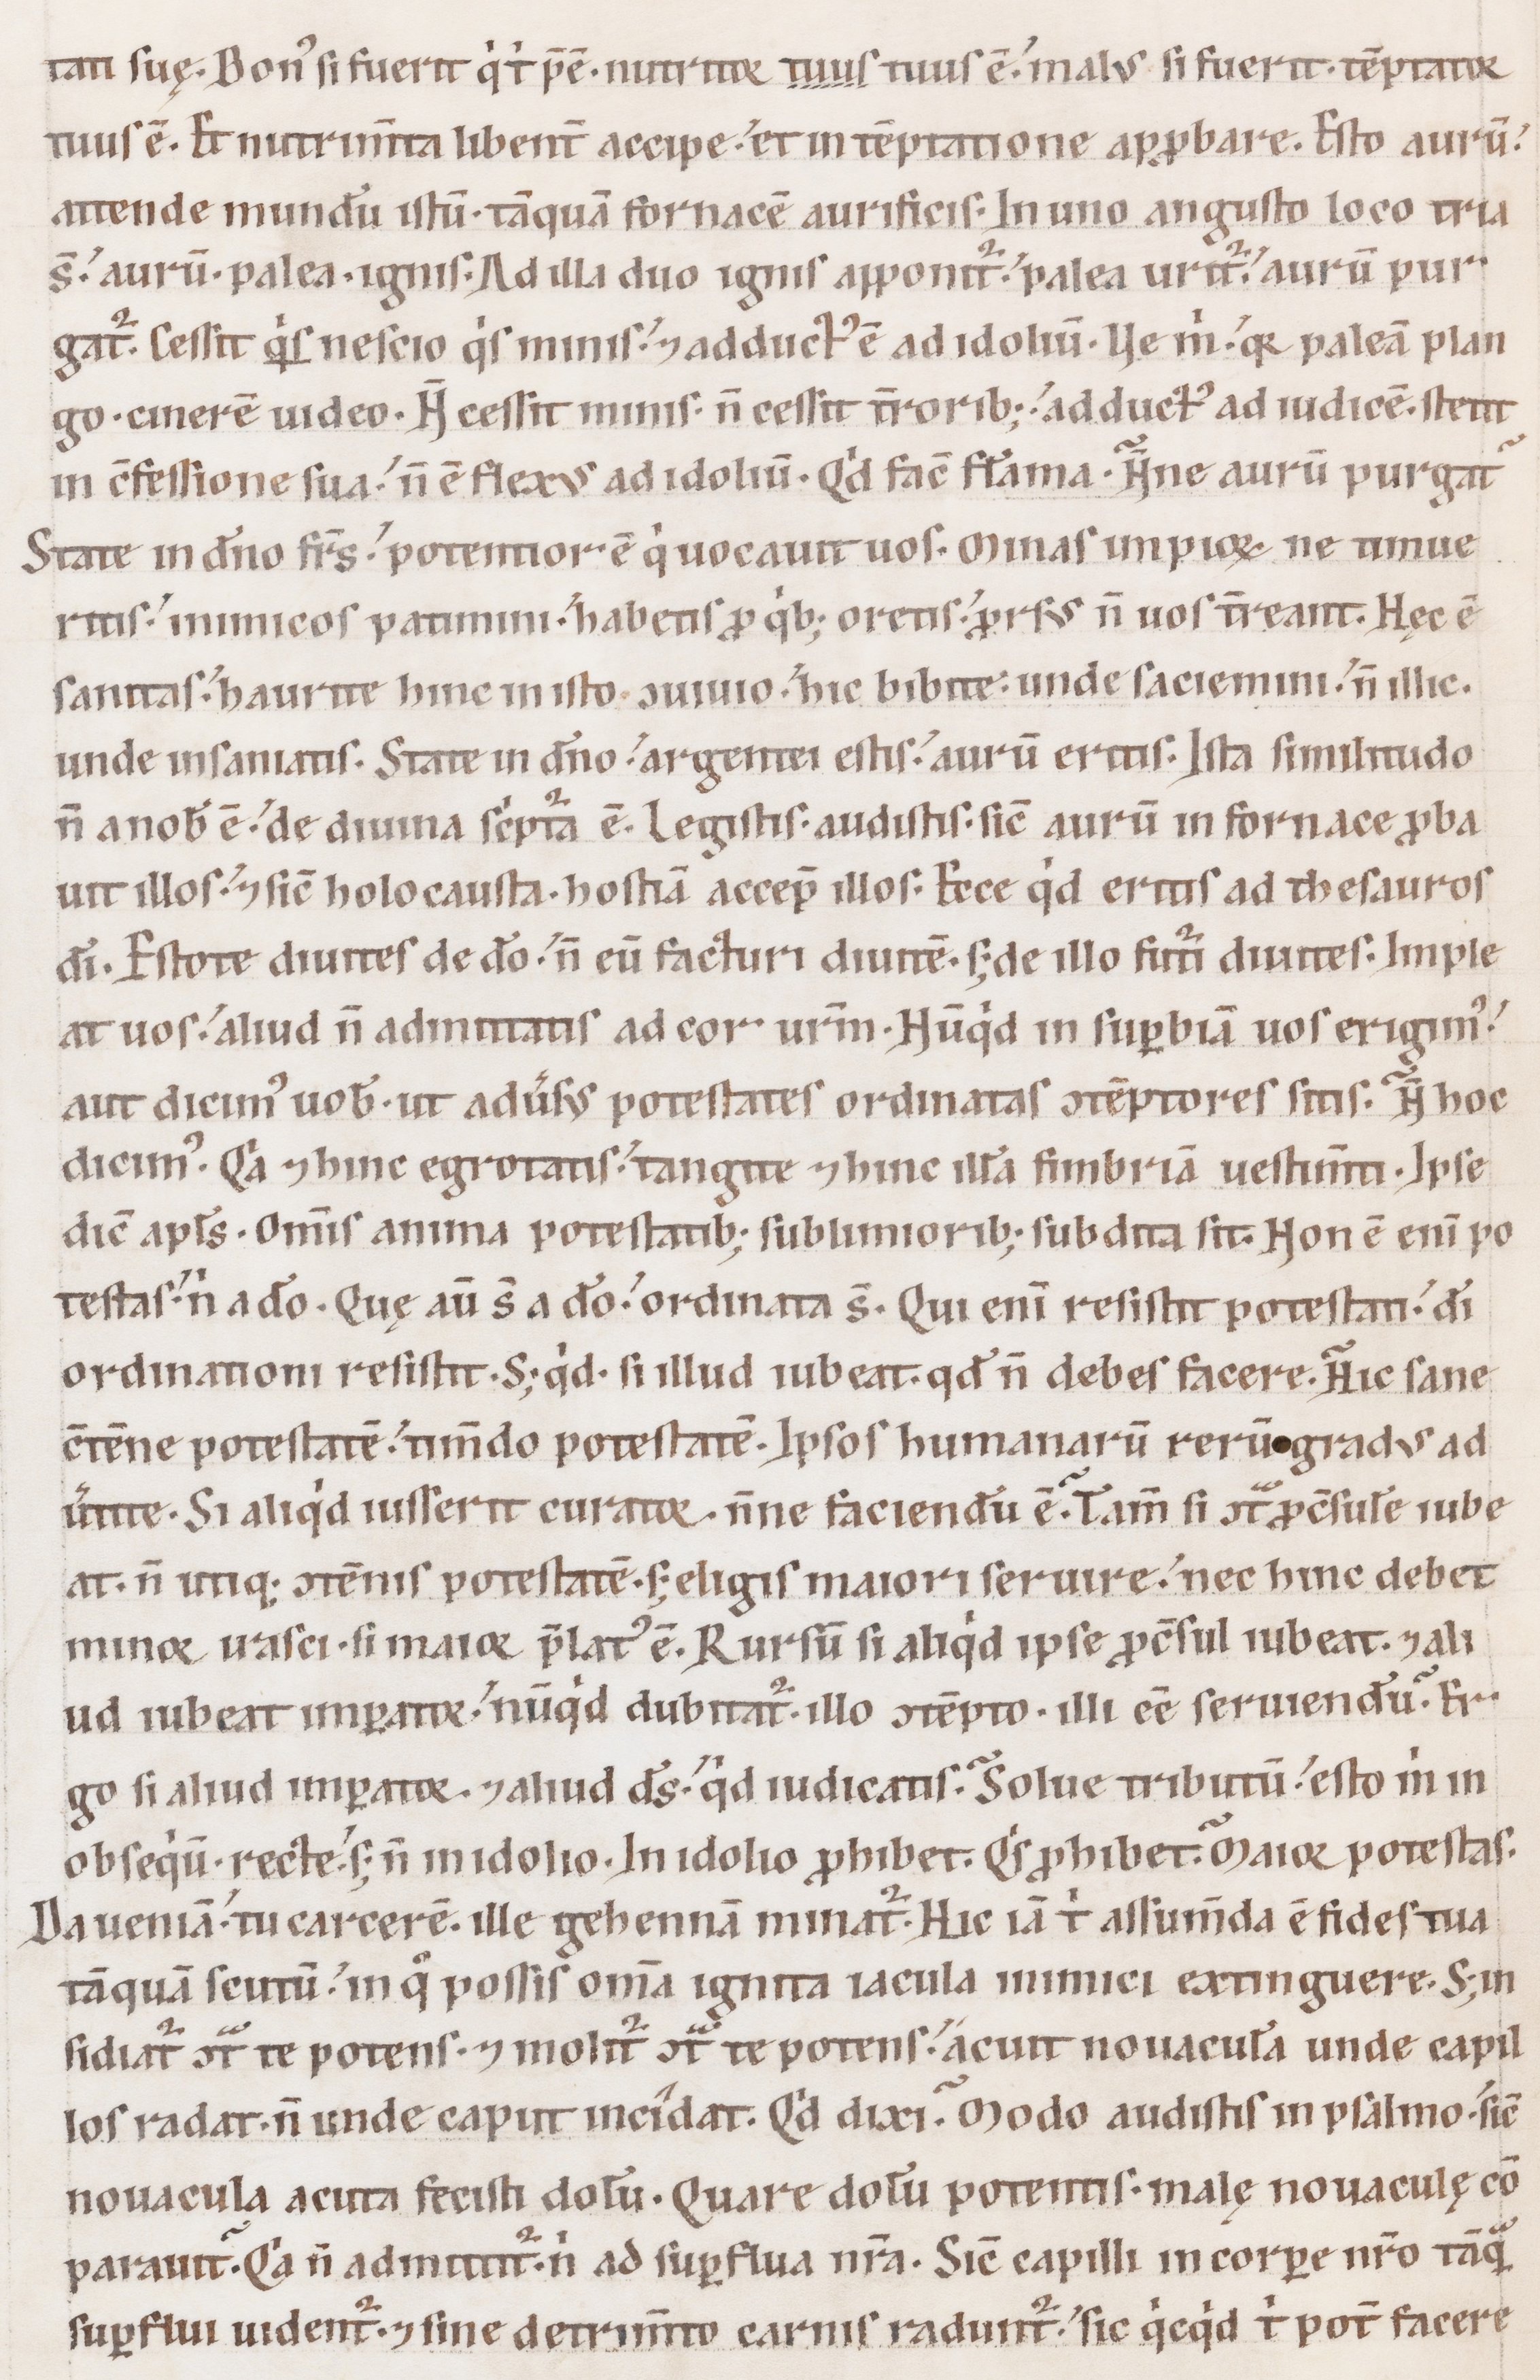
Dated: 1100–1199